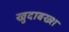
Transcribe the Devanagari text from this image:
खुदाबख्श